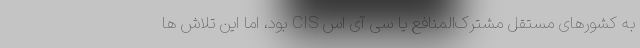
به کشورهای مستقل مشترک‌المنافع یا سی آی اس CIS بود، اما این تلاش ها